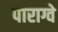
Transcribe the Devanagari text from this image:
पाराग्वे